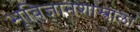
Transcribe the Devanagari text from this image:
भूविज्ञानशास्त्राला